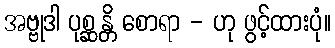
အဗ္ဗုဒါ ပုစ္ဆန္တိ စောရာ - ဟု ဖွင့်ထားပုံ။